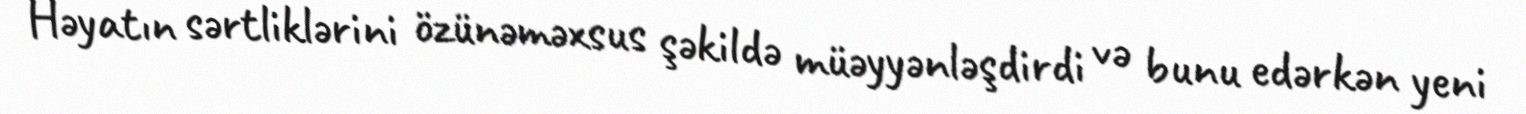
Həyatın sərtliklərini özünəməxsus şəkildə müəyyənləşdirdi və bunu edərkən yeni